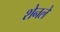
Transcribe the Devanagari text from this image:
शेनले